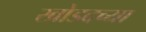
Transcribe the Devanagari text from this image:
खोडदच्या